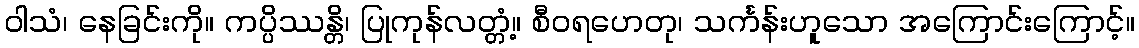
ဝါသံ၊ နေခြင်းကို။ ကပ္ပိဿန္တိ၊ ပြုကုန်လတ္တံ့။ စီဝရဟေတု၊ သင်္ကန်းဟူသော အကြောင်းကြောင့်။